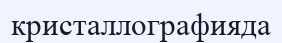
кристаллографияда